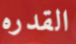
القدره